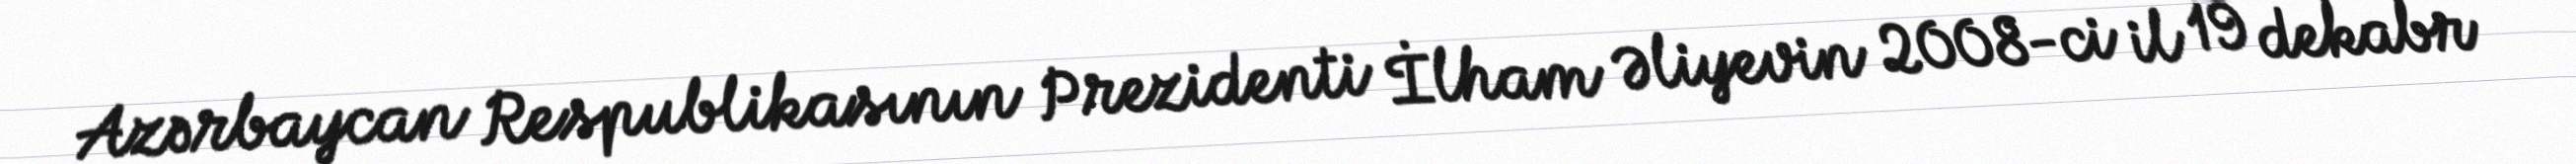
Azərbaycan Respublikasının Prezidenti İlham Əliyevin 2008-ci il 19 dekabr